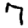
Digit: 7